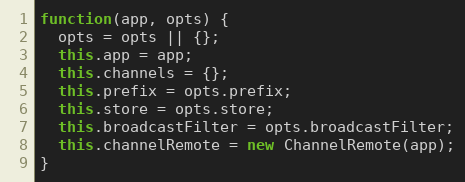
Language: JavaScript
function(app, opts) {
  opts = opts || {};
  this.app = app;
  this.channels = {};
  this.prefix = opts.prefix;
  this.store = opts.store;
  this.broadcastFilter = opts.broadcastFilter;
  this.channelRemote = new ChannelRemote(app);
}